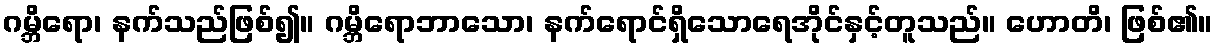
ဂမ္ဘိရော၊ နက်သည်ဖြစ်၍။ ဂမ္ဘိရောဘာသော၊ နက်ရောင်ရှိသောရေအိုင်နှင့်တူသည်။ ဟောတိ၊ ဖြစ်၏။